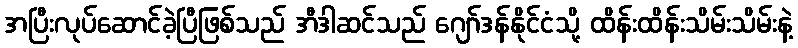
အပြီးလုပ်ဆောင်ခဲ့ပြီဖြစ်သည် အီဒါဆင်သည် ဂျော်ဒန်နိုင်ငံသို့ ထိန်းထိန်းသိမ်းသိမ်းနဲ့